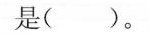
是（）。